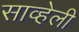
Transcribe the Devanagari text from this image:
साव्हेली